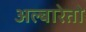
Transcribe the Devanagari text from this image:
अल्बारेतो